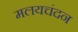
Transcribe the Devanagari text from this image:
मलयचंदन